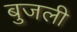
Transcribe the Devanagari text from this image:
बुजली